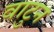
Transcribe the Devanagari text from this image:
वाटुन